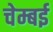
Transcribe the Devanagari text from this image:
चेम्बई